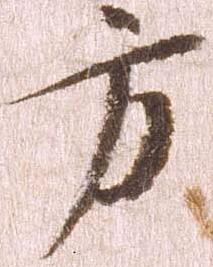
方